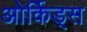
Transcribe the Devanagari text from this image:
ओर्किड्स